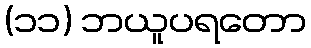
(၁၁) ဘယူပရတော